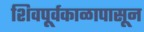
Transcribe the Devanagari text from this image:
शिवपूर्वकाळापासून